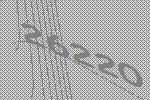
26220